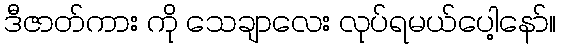
ဒီဇာတ်ကား ကို သေချာလေး လုပ်ရမယ်ပေါ့နော်။